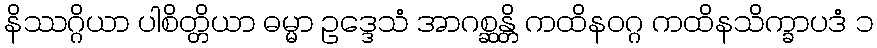
နိဿဂ္ဂိယာ ပါစိတ္တိယာ ဓမ္မာ ဥဒ္ဒေသံ အာဂစ္ဆန္တိ ကထိနဝဂ္ဂ ကထိနသိက္ခာပဒံ ၁